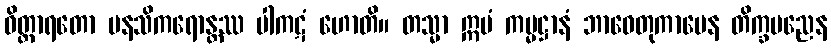
ဝိတ္ထာရတော မနသိကရောန္တဿ ပါကဋံ ဟောတိ။ တသ္မာ ဣမံ ကမ္မဋ္ဌာနံ ဘာဝေတုကာမေန တိက္ခပညေန